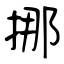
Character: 挪